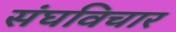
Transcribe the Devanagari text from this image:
संघविचार